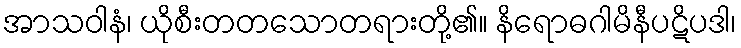
အာသဝါနံ၊ ယိုစီးတတသောတရားတို့၏။ နိရောဓဂါမိနီပဋိပဒါ၊